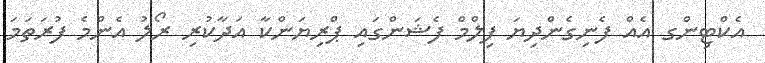
އެކްޓިންގ އެއް ފެނިގެންދިޔަ ފިލްމް ފެޝަންގައި ޕްރިޔަންކާ އަދާކުރި ރޯލު އެންމެ ފުރަތަމަ